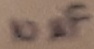
Text: 10µF